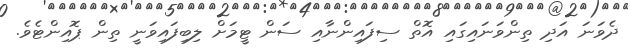
ދެވަނަ އަދި ތިންވަނައިގައި އޮތް ސިފައިންނާއި ސަން ޓީމަށް ލިބިފައިވަނީ ތިން ޕޮއިންޓެވެ.